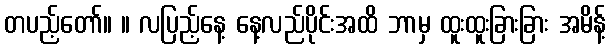
တပည့်တော်။ ။ လပြည့်နေ့ နေ့လည်ပိုင်းအထိ ဘာမှ ထူးထူးခြားခြား အမိန့်